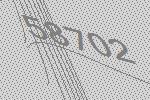
58702